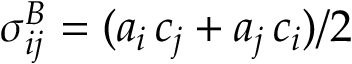
\sigma _ { i j } ^ { B } = ( a _ { i } \, c _ { j } + a _ { j } \, c _ { i } ) / 2